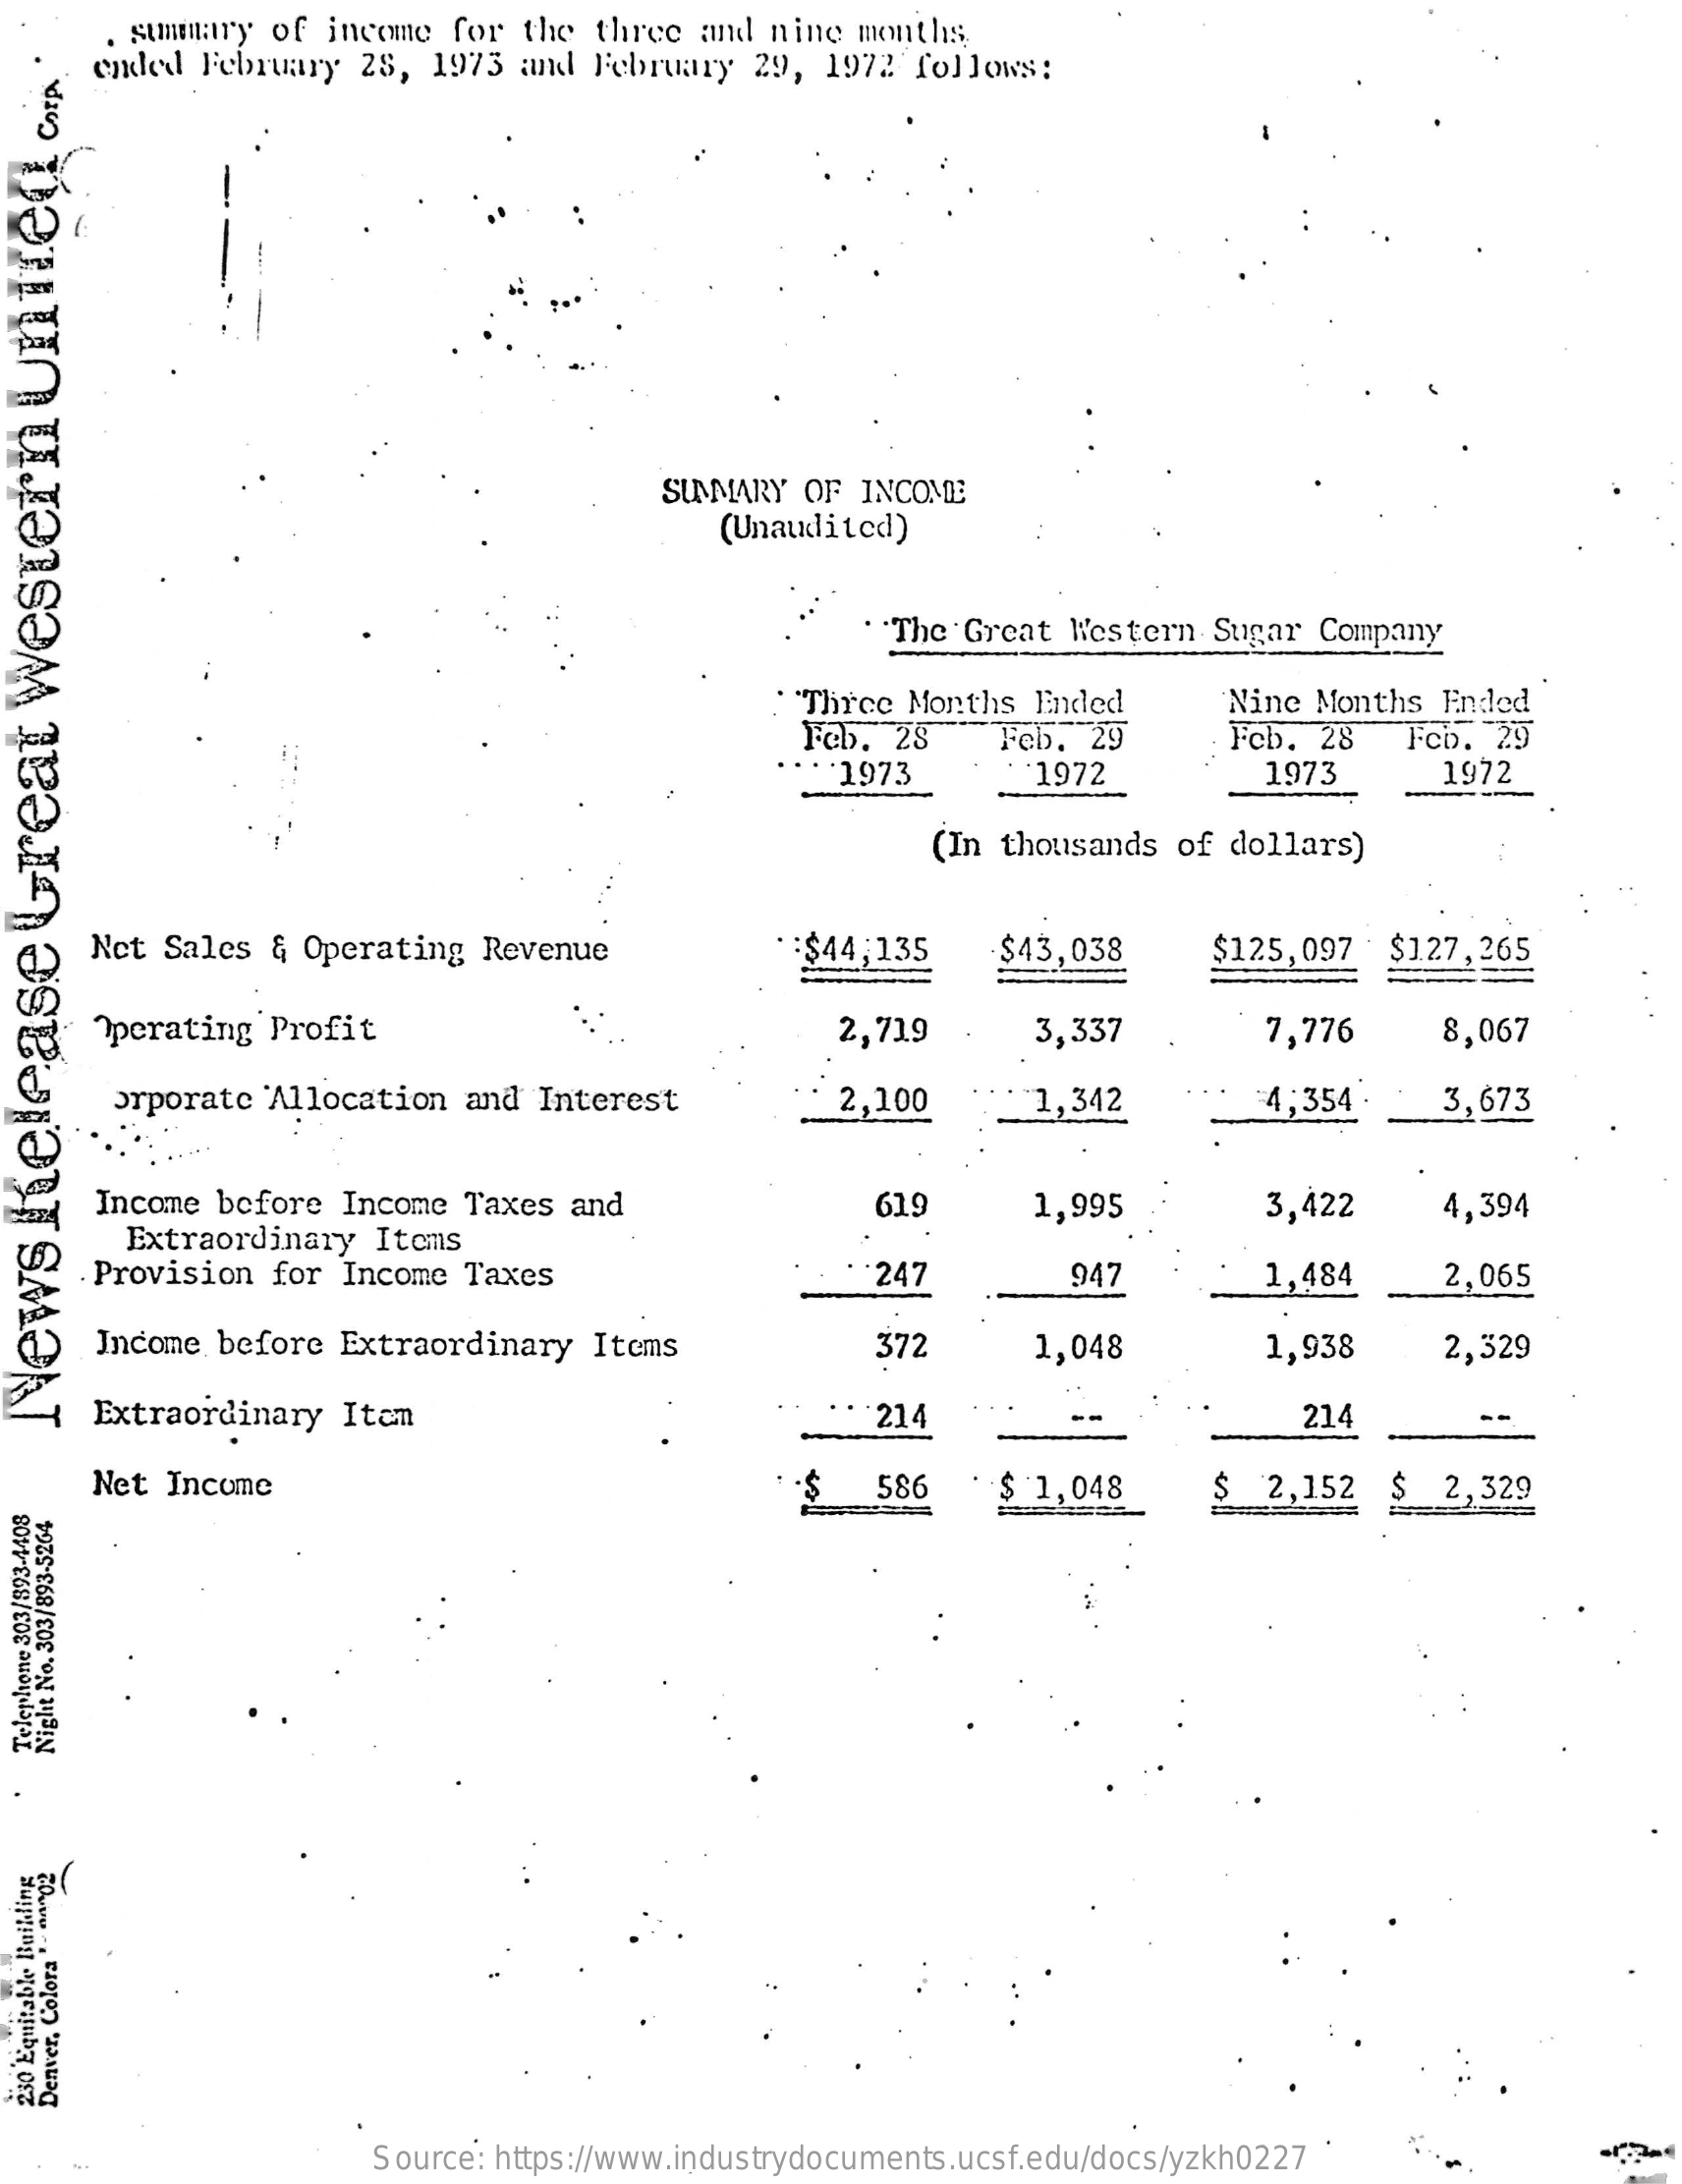
. summary of income  for  the three  and nine  months.
     ended  February  28,  1973  and February  29,  1972  follows:
     SUNMARY  OF INCOME
     (Unaudited)
     The  Great Western   Sugar Company
     "Three  Months  Ended
     Feb.  28
     Nine Months  Ended
     Feb.  29    Fcb. 28    Fcb.  29
     1973    1972    1973    1972
     (In thousands  of dollars)
     Net  Sales  & Operating  Revenue    :$44;135    $43,038    $125, 097   $1.27,265
     Operating  Profit    2,719    3,337    7,776    8,067
     Orporate  Allocation  and  Interest    2,100    1,342    4,354 ·    3,673
     Income before  Income  Taxes  and    3,422
     Extraordinary  Items
     619    1,995    4,394
     Provision  for Income  Taxes    :247    947    1,484    2,065
     Income before  Extraordinary   Items    372    1,048    1,938    2,329
     Extraordinary  Itan    214    214
  News
  helease
  Great
  Western
  Un
  Tied
  CorA
  .
     Net Income    586    $ 1,048    2,152   $  2,329
  Night
  No.
  303/893-5264
  Telephone
  303/893-4408
  250
  Equitable
  Building
  Denver,
  Colora
  "
  -
  04002
     Source: https://www.industrydocuments.ucsf.edu/docs/yzkh0227